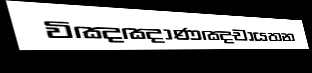
විඤඤාණඤචායතන